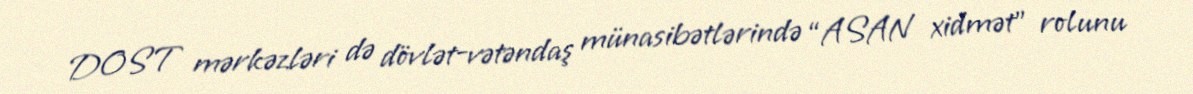
DOST mərkəzləri də dövlət-vətəndaş münasibətlərində “ASAN xidmət” rolunu